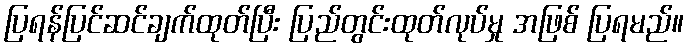
ပြရန်ပြင်ဆင်ချက်ထုတ်ပြီး ပြည်တွင်းထုတ်လုပ်မှု အဖြစ် ပြရမည်။